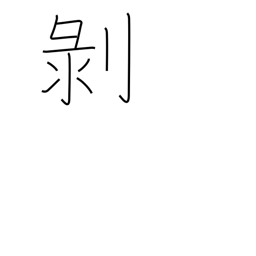
Meaning: peel